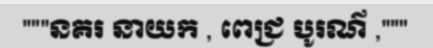
"""នគរ នាយក , ពេជ្រ បូរណ៌ ,"""